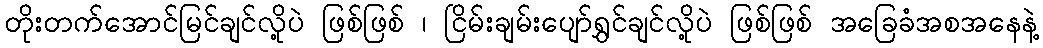
တိုးတက်အောင်မြင်ချင်လို့ပဲ ဖြစ်ဖြစ် ၊ ငြိမ်းချမ်းပျော်ရွှင်ချင်လို့ပဲ ဖြစ်ဖြစ် အခြေခံအစအနေနဲ့